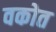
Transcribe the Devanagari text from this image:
वकोत